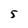
Character: 5